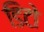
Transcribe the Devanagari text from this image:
डिटो